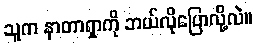
သူက နာတာရှာကို ဘယ်လိုပြောလို့လဲ။